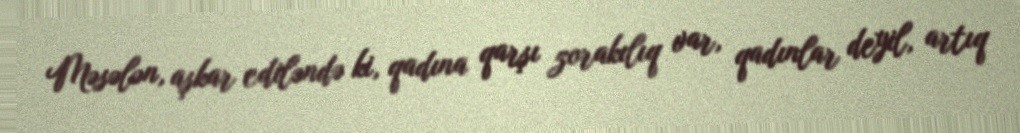
Məsələn, aşkar ediləndə ki, qadına qarşı zorakılıq var, qadınlar deyil, artıq